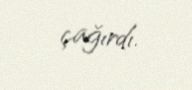
çağırdı.